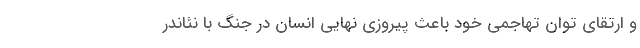
و ارتقای توان تهاجمی خود باعث پیروزی نهایی انسان در جنگ با نئاندر